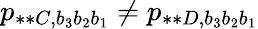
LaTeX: p_{\ast\ast C,b_{3}b_{2}b_{1}}\neq p_{\ast\ast D,b_{3}b_{2}b_{1}}